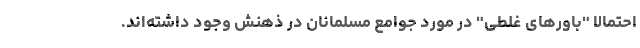
احتمالا "باورهای غلطی" در مورد جوامع مسلمانان در ذهنش وجود داشته‌اند.